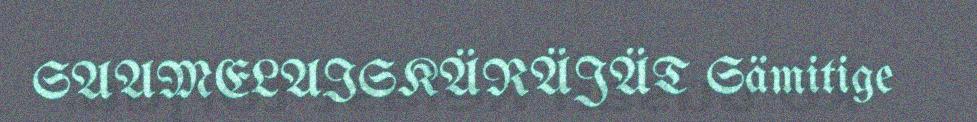
SAAMELAISKÄRÄJÄT Sämitige